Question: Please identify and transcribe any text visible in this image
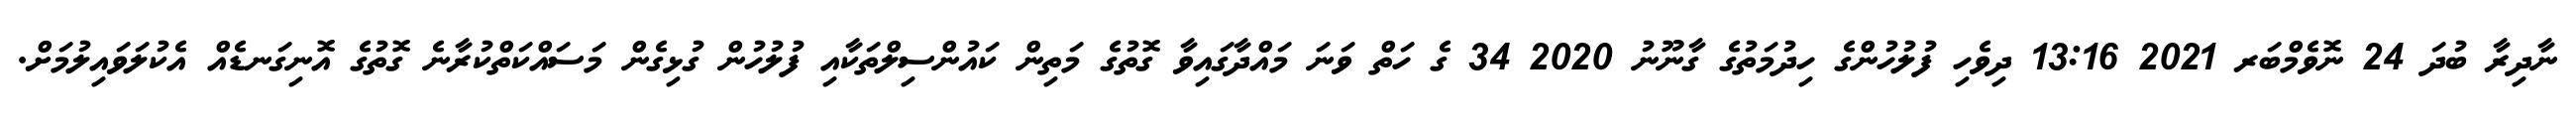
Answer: ނާދިރާ ބުދަ 24 ނޮވެމްބަރ 2021 13:16 ދިވެހި ފުލުހުންގެ ހިދުމަތުގެ ގާނޫނު 2020 34 ގެ ހަތް ވަނަ މައްދާގައިވާ ގޮތުގެ މަތިން ކައުންސިލްތަކާއި ފުލުހުން ގުޅިގެން މަސައްކަތްކުރާނެ ގޮތުގެ އޮނިގަނޑެއް އެކުލަވައިލުމަށް.